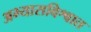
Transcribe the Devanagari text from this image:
अभ्यासविश्वात